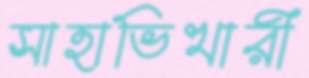
সাহাভিখারী